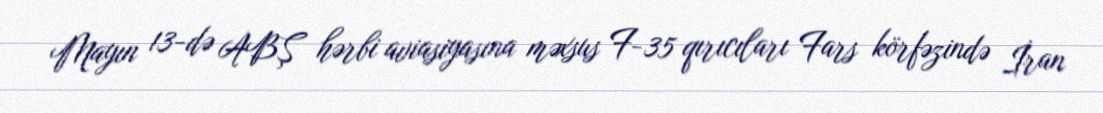
Mayın 13-də ABŞ hərbi aviasiyasına məxsus F-35 qırıcıları Fars körfəzində İran